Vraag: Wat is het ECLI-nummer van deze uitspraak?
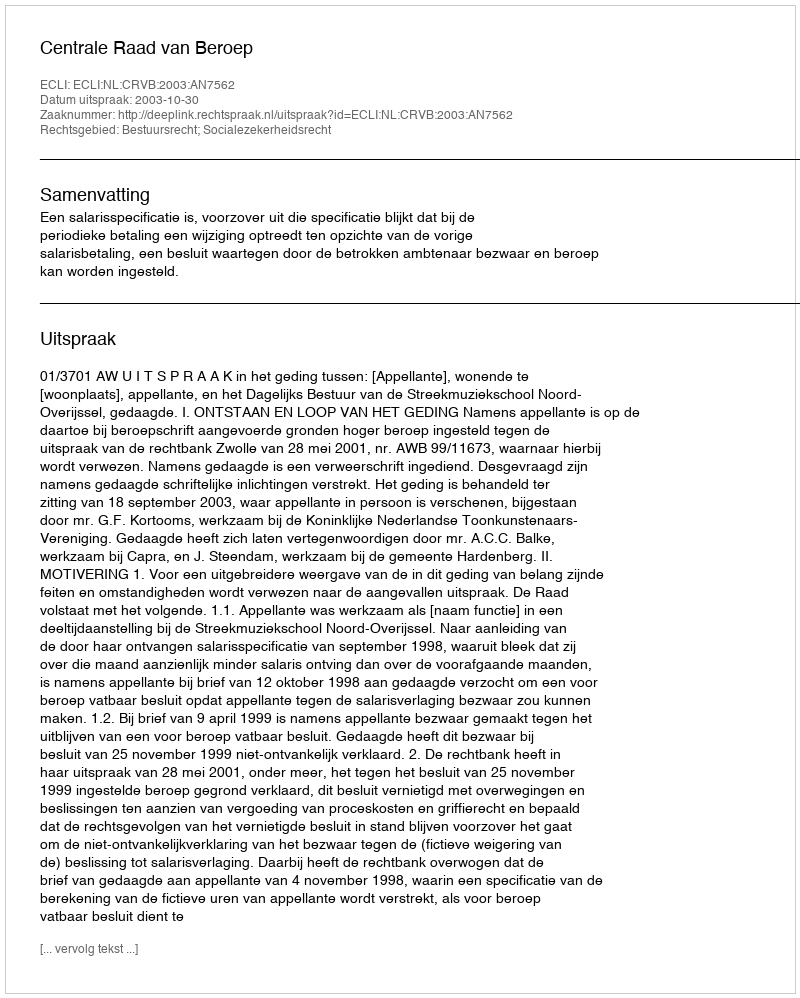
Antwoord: ECLI:NL:CRVB:2003:AN7562